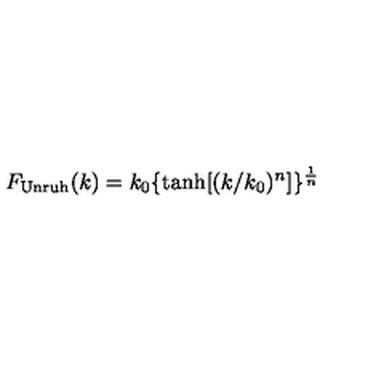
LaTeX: F _ { \mathrm { U n r u h } } ( k ) = k _ { 0 } \{ \tanh [ ( k / k _ { 0 } ) ^ { n } ] \} ^ { \frac { 1 } { n } }